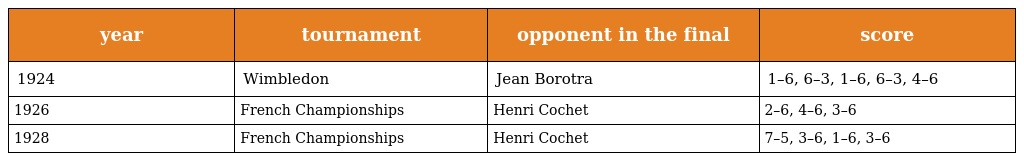
| year | tournament | opponent in the final | score |
 | --- | --- | --- | --- |
 | 1924 | Wimbledon | Jean Borotra | 1–6, 6–3, 1–6, 6–3, 4–6 |
 | 1926 | French Championships | Henri Cochet | 2–6, 4–6, 3–6 |
 | 1928 | French Championships | Henri Cochet | 7–5, 3–6, 1–6, 3–6 |